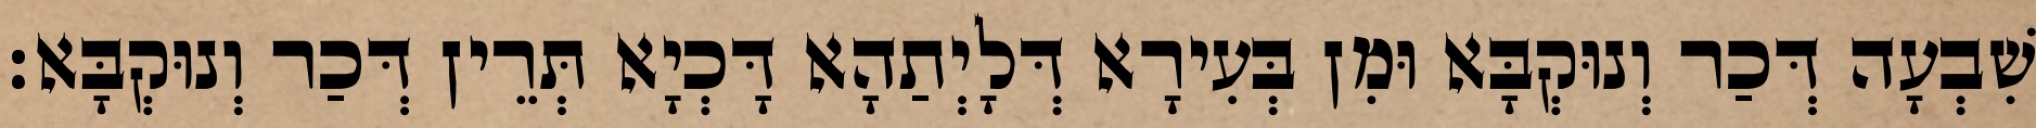
שִׁבְעָה דְּכַר וְנוּקְבָּא וּמִן בְּעִירָא דְּלָיְתַהָא דָּכְיָא תְּרֵין דְּכַר וְנוּקְבָּא׃